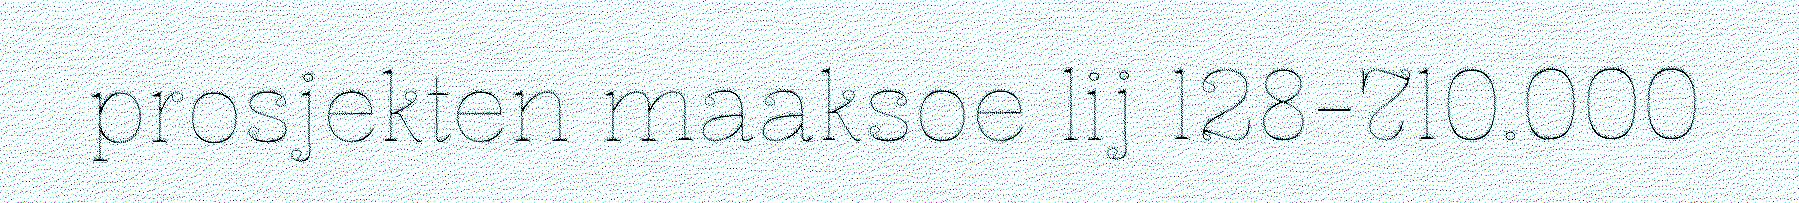
prosjekten maaksoe lij 128-710.000